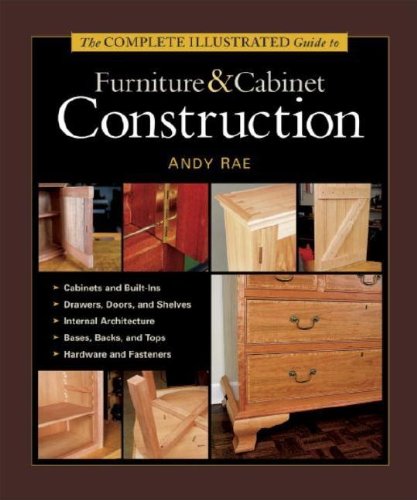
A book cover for The Complete Illustrated Guide to Furniture & Cabinet Construction; Andy Rae; Engineering & Transportation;